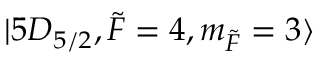
\lvert 5 D _ { 5 / 2 } , \Tilde { F } = 4 , m _ { \Tilde { F } } = 3 \rangle